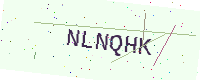
Text: NLNQHK